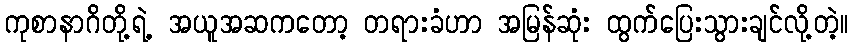
ကုစာနာဂိတို့ရဲ့ အယူအဆကတော့ တရားခံဟာ အမြန်ဆုံး ထွက်ပြေးသွားချင်လို့တဲ့။